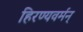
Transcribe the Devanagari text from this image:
हिरण्यवर्मन्